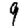
Digit: 9